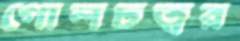
গোলচত্বর